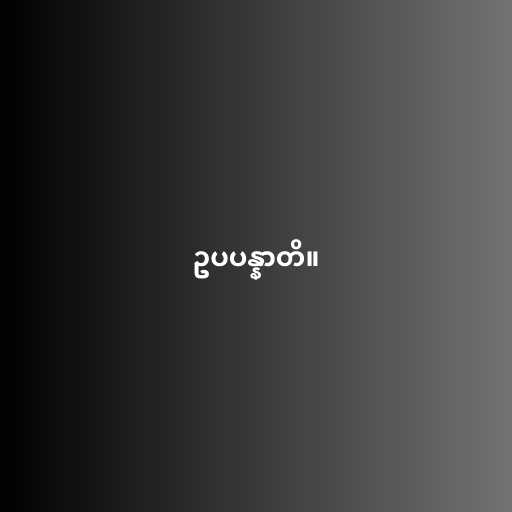
ဥပပန္နာတိ။